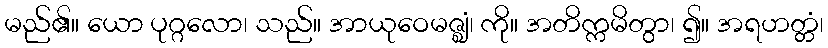
မည်၏။ ယော ပုဂ္ဂလော၊ သည်။ အာယုဝေမဇ္ဈံ၊ ကို။ အတိက္ကမိတွာ၊ ၍။ အရဟတ္တံ၊